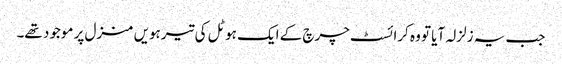
جب یہ زلزلہ آیا تو وہ کرائسٹ چرچ کے ایک ہوٹل کی تیرہویں منزل پر موجود تھے۔